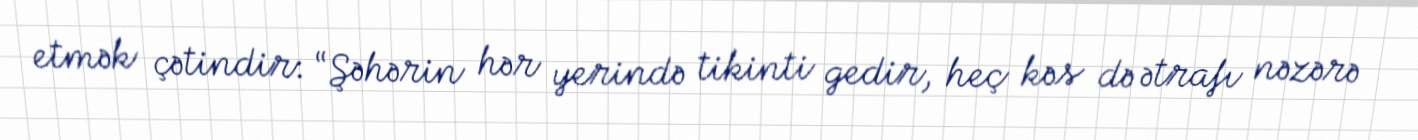
etmək çətindir: “Şəhərin hər yerində tikinti gedir, heç kəs də ətrafı nəzərə